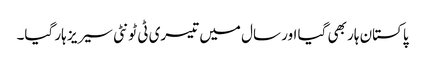
پاکستان ہار بھی گیا اور سال میں تیسری ٹی ٹونٹی سیریز ہار گیا۔